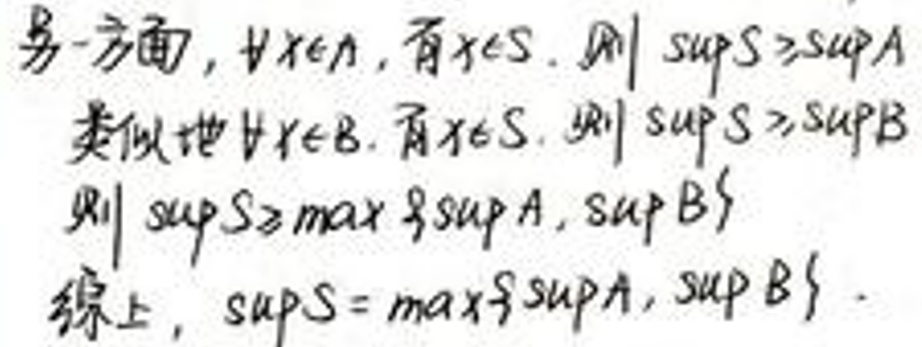
另一方面，\(\forall x\in A\)，有\(x\in S\)，则\(\sup S\geq\sup A\)。

类似地\(\forall y\in B\)，有\(y\in S\)，则\(\sup S\geq\sup B\)

则\(\sup S\geq\max\{\sup A,\sup B\}\)

综上，\(\sup S=\max\{\sup A,\sup B\}\)